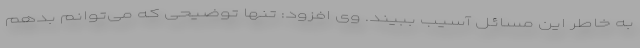
به خاطر این مسائل آسیب ببیند. وی افزود: تنها توضیحی که می‌توانم بدهم